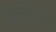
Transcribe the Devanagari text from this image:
मानसित